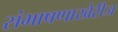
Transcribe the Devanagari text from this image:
संभाषणाखेरीज